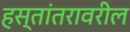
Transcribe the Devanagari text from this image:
हस्तांतरावरील